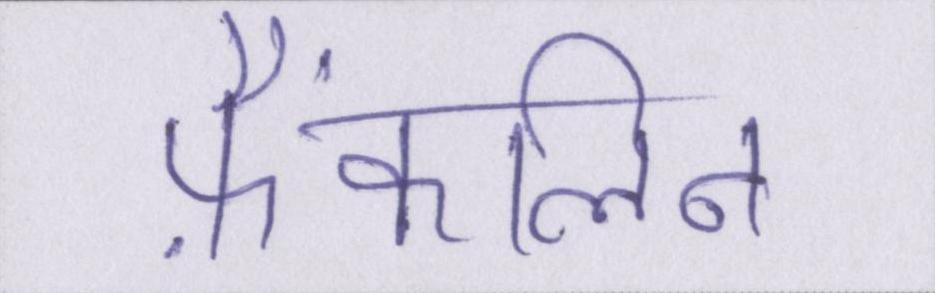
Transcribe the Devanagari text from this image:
फ्रैंकलिन